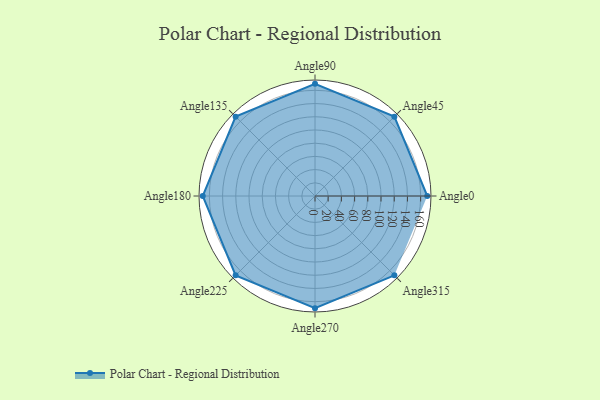
{"axis": {"x": "Angle", "y": "Radius"}, "legend": [""], "data": [{"x": "Angle0", "y": 170.0, "type": ""}, {"x": "Angle45", "y": 170, "type": ""}, {"x": "Angle90", "y": 170, "type": ""}, {"x": "Angle135", "y": 170, "type": ""}, {"x": "Angle180", "y": 170, "type": ""}, {"x": "Angle225", "y": 170, "type": ""}, {"x": "Angle270", "y": 170, "type": ""}, {"x": "Angle315", "y": 170, "type": ""}]}